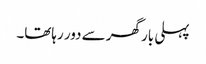
پہلی بار گھر سے دور رہاتھا۔